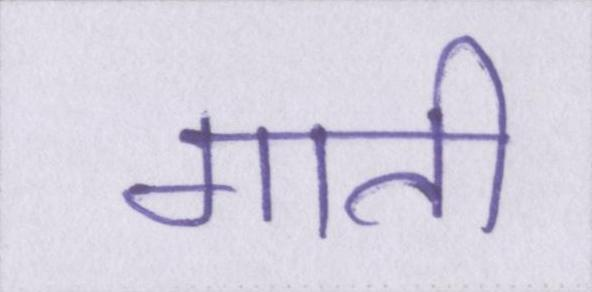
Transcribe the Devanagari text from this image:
गाती